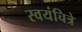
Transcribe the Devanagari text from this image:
स्वयंचित्रे